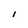
Character: I